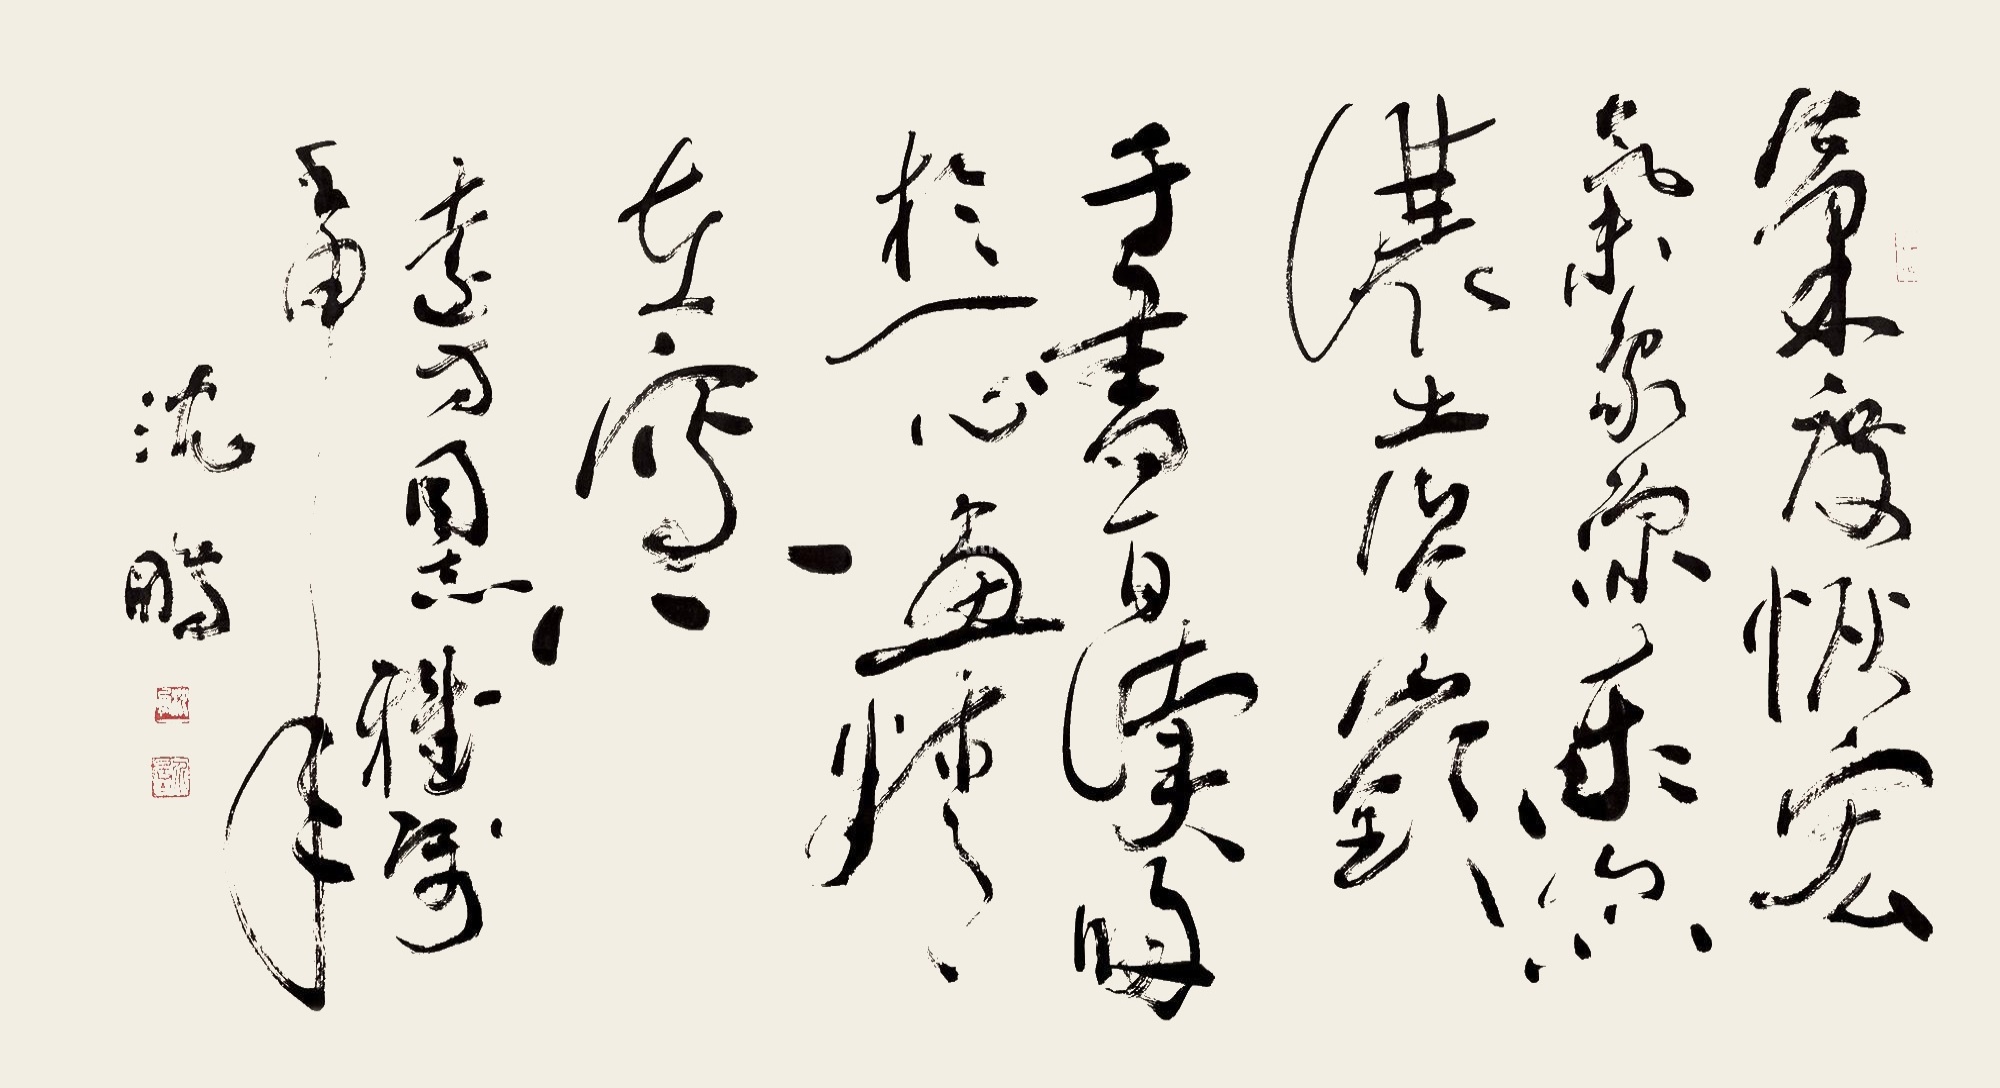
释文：气度恢宏气象深，东山不让土岭岑。千书百读归于一，心画精（微）在写心。远方同志雅属，壬申年，沈鹏。